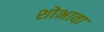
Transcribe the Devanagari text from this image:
शोभावा